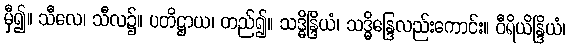
မှီ၍။ သီလေ၊ သီလ၌။ ပတိဋ္ဌာယ၊ တည်၍။ သဒ္ဓိန္ဒြိယံ၊ သဒ္ဓိန္ဒြေလည်းကောင်း။ ဝီရိယိန္ဒြိယံ၊